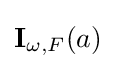
\mathbf {I} _{\omega ,F}(a)